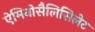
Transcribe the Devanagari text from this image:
ऐमिनोसैलिसिलेट